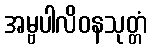
အမ္ဗပါလိဝနသုတ္တံ